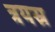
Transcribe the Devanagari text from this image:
त्रयस्र